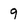
Character: 9